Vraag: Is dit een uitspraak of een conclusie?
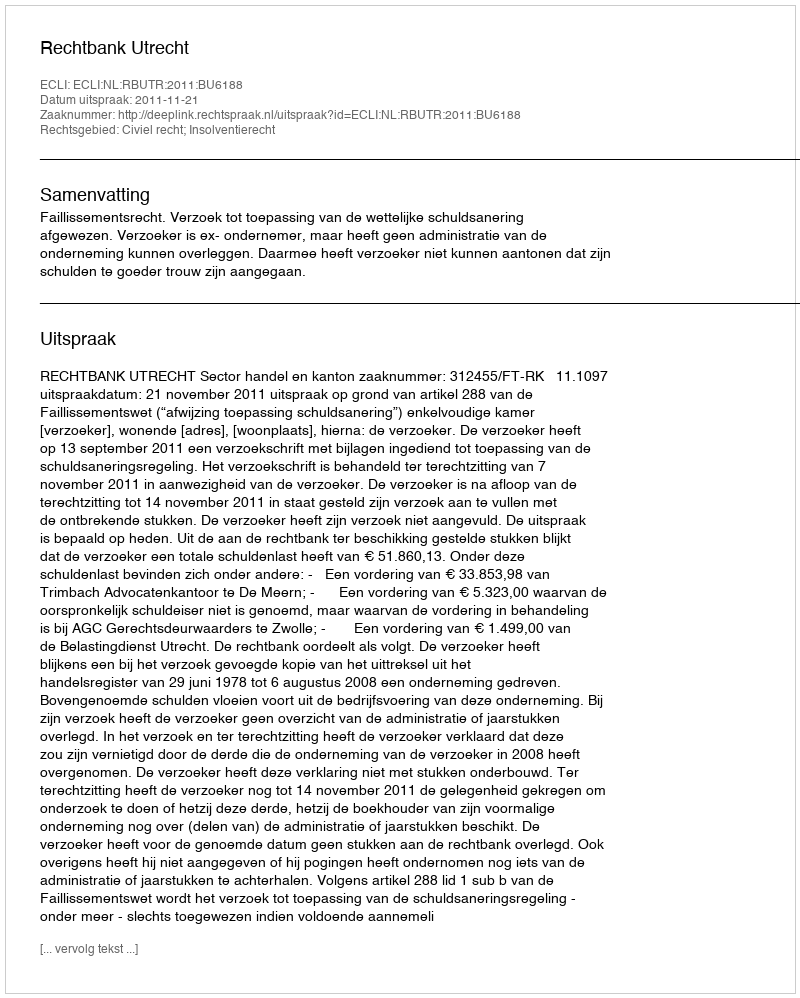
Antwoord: Uitspraak